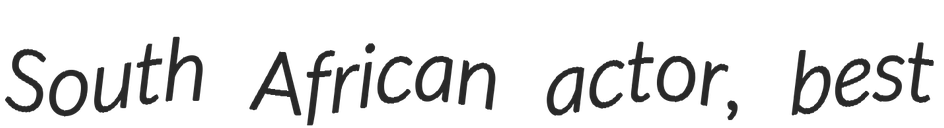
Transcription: South African actor, best